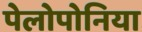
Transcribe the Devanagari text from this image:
पेलोपोनिया